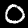
Digit: 0